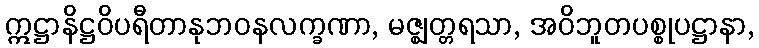
ဣဋ္ဌာနိဋ္ဌဝိပရီတာနုဘဝနလက္ခဏာ, မဇ္ဈတ္တရသာ, အဝိဘူတပစ္စုပဋ္ဌာနာ,